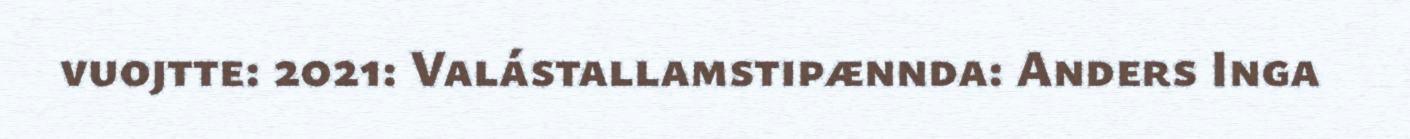
vuojtte: 2021: Valástallamstipænnda: Anders Inga